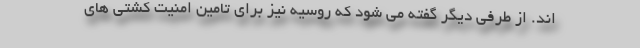
اند. از طرفی دیگر گفته می شود که روسیه نیز برای تامین امنیت کشتی های